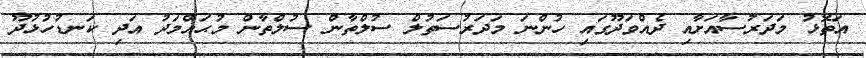
އަތޮޅު މަދަރުސާއަށާއި ދެއްވަދޫގައި ހުންނަ މަދަރުސަތުލް ސުލްތާން ސުލްތާން މުޙައްމަދު އަދި ކަނޑުހުޅުދޫ